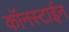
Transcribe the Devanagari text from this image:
कॉनस्टाईन